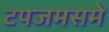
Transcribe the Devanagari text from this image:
टपजमसमे